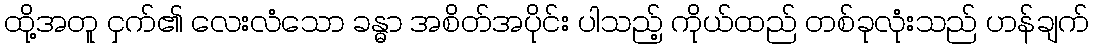
ထို့အတူ ငှက်၏ လေးလံသော ခန္ဓာ အစိတ်အပိုင်း ပါသည့် ကိုယ်ထည် တစ်ခုလုံးသည် ဟန်ချက်